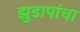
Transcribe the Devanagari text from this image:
झुडापांचा